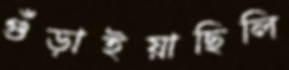
গুঁড়াইয়াছিলি